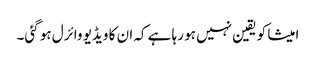
امیشا کو یقین نہیں ہو رہا ہے کہ ان کا ویڈیو وائرل ہو گئی۔